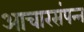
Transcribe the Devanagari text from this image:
आचारसंपन्‍न